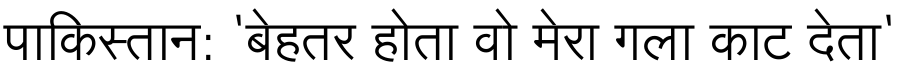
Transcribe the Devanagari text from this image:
पाकिस्तान: 'बेहतर होता वो मेरा गला काट देता'